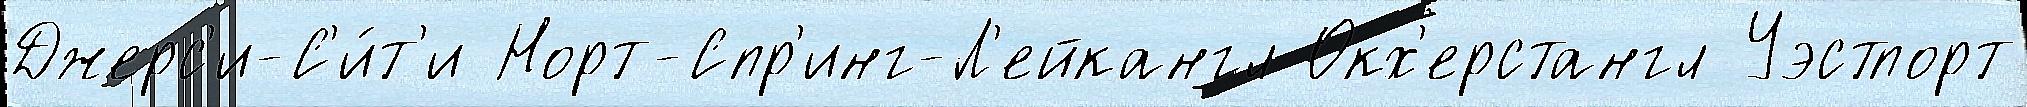
Джерс'и-С'и́т'и Норт-Спр'инг-Л'ейкангл Окх'ерстангл Уэстпорт